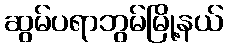
ဆွမ်ပရာဘွမ်မြို့နယ်